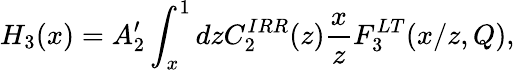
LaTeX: H_{3}(x)=A_{2}^{\prime}\int_{x}^{1}dzC_{2}^{IRR}(z)\frac{x}{z}F_{3}^{LT}(x/z,Q),